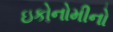
ઇકોનોમીનો